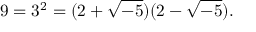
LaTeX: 9 = 3 ^ { 2 } = ( 2 + { \sqrt { - 5 } } ) ( 2 - { \sqrt { - 5 } } ) .